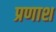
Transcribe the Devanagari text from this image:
प्रणाश